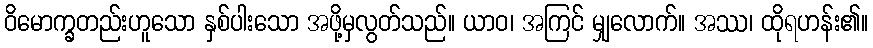
ဝိမောက္ခတည်းဟူသော နှစ်ပါးသော အဖို့မှလွတ်သည်။ ယာဝ၊ အကြင် မျှလောက်။ အဿ၊ ထိုရဟန်း၏။